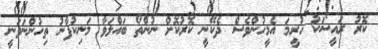
ކޮރު ރައީސަކު ހުރީމަ އެމީހުންވެސް ދެކޭނީ ކޮރުކޮށް ނުންތޯ ބައްލަވާ މަނިކުފާނު ތިހުންނަވަނީ